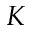
K